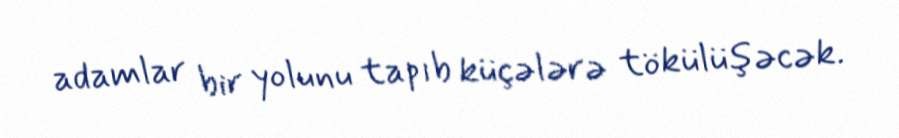
adamlar bir yolunu tapıb küçələrə tökülüşəcək.